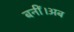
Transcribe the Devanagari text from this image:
बनीं।अब